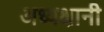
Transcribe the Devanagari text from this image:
अध्यक्षानी